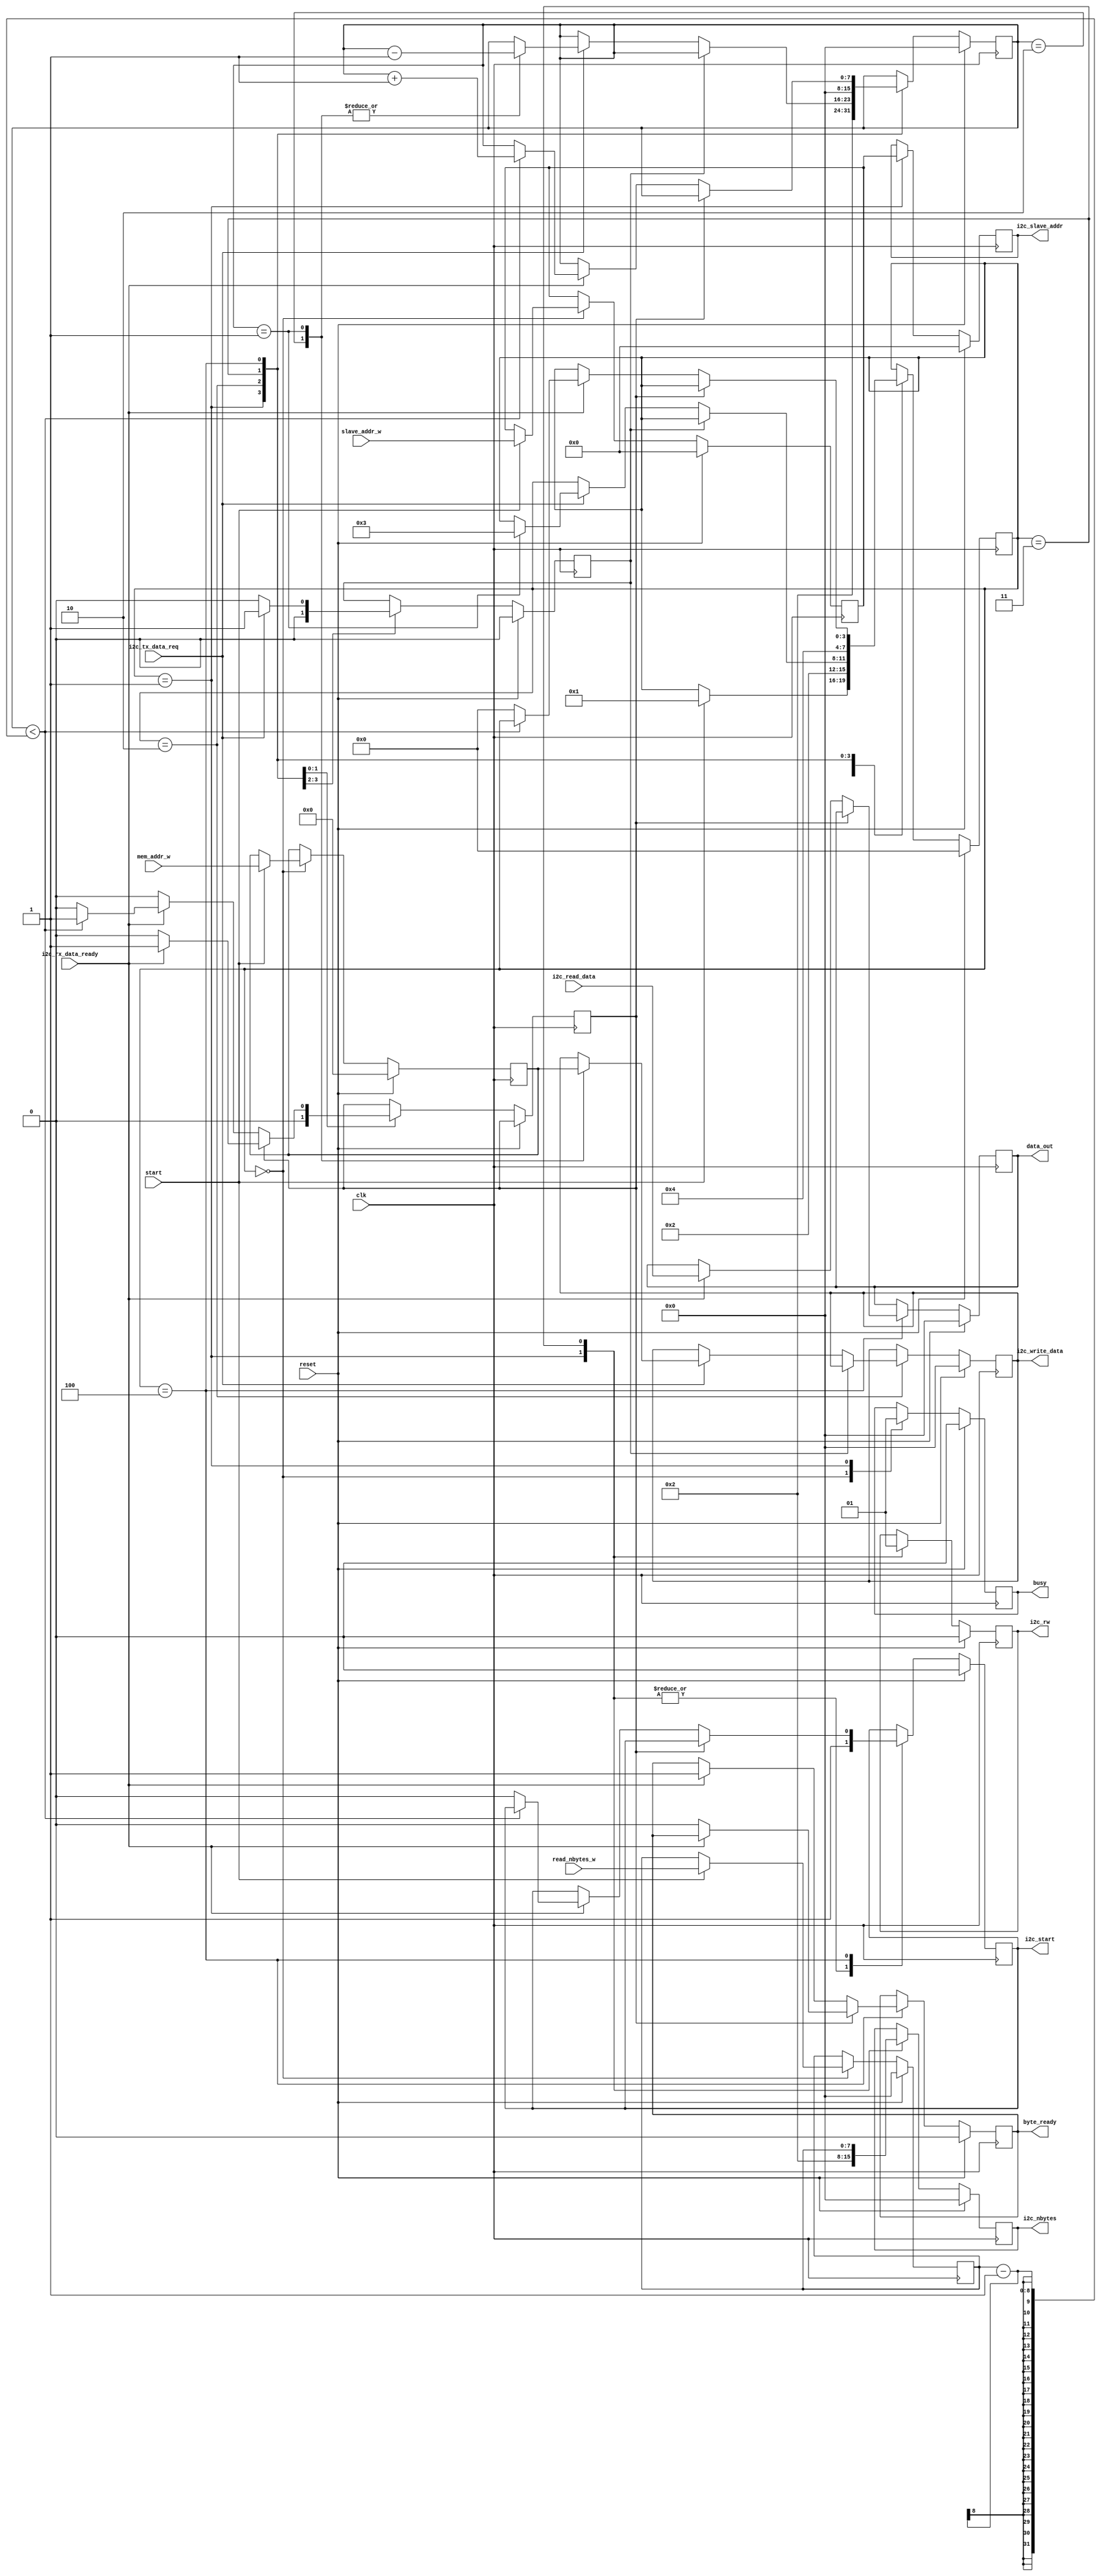
module read_eeprom(
	input wire clk,
	input wire reset,
	input wire [6:0] slave_addr_w,
	input wire [15:0] mem_addr_w,
	input wire [7:0] read_nbytes_w,
	input wire start,
	output reg [7:0] data_out,
	output reg byte_ready,
	output reg [6:0] i2c_slave_addr,
	output reg i2c_rw,
	output reg [7:0] i2c_write_data,
	output reg [7:0] i2c_nbytes,
	input wire [7:0] i2c_read_data,
	input wire i2c_tx_data_req,
	input wire i2c_rx_data_ready,
	output reg i2c_start,
	output reg busy
	);
	localparam STATE_IDLE = 0;
	localparam STATE_START = 1;
	localparam STATE_WRITE_ADDR = 2;
	localparam STATE_REP_START = 3;
	localparam STATE_READ_DATA = 4;
	localparam READ = 1;
	localparam WRITE = 0;
	reg [3:0] state;
	reg [6:0] slave_addr;
	reg [15:0] mem_addr;
	reg [7:0] read_nbytes; 
	reg waiting_for_tx;
	reg read_prev_data;
	reg [7:0] byte_count;
	always @(posedge clk) begin
		if (reset == 1) begin
			i2c_slave_addr <= 0;
			i2c_rw <= 0;
			i2c_write_data <= 0;
			i2c_start <= 0;
			i2c_nbytes <= 0;
			data_out <= 0;
			byte_ready <= 0;
			mem_addr <= 0;
			slave_addr <= 0;
			read_nbytes <= 0;
			byte_count <= 0;
			waiting_for_tx <= 0;
			busy <= 0;
			state <= STATE_IDLE;
		end else begin
			case(state)
				STATE_IDLE: begin	
					busy <= 0;	
					if (start) begin
						state <= STATE_START;
						slave_addr <= slave_addr_w;
						mem_addr <= mem_addr_w;
						read_nbytes <= read_nbytes_w;
					end
				end 
				STATE_START: begin 
					state <= STATE_WRITE_ADDR;
					i2c_slave_addr <= slave_addr;
					i2c_rw <= WRITE;
					i2c_nbytes <= 2;  
					byte_count <= 2;
					waiting_for_tx <= 0;
					i2c_start <= 1;
					busy <= 1;
				end 
				STATE_WRITE_ADDR: begin
					if (waiting_for_tx == 0) begin
						if (i2c_tx_data_req == 1) begin
							waiting_for_tx <= 1;
							case (byte_count)
								2: begin
									i2c_write_data <= mem_addr[15:8];
									byte_count <= byte_count - 1'b1;
								end 
								1: begin
									i2c_write_data <= mem_addr[7:0];
									byte_count <= byte_count - 1'b1;
									state <= STATE_REP_START;
								end 
							endcase
						end
					end else begin
						if (i2c_tx_data_req == 0) begin
							waiting_for_tx <= 0;
						end 
					end 
				end 
				STATE_REP_START: begin
					state <= STATE_READ_DATA;
					i2c_start <= 1;
					i2c_rw <= READ;
					i2c_nbytes <= read_nbytes;
					read_prev_data <= 0;
					byte_count <= 0;
				end 
				STATE_READ_DATA: begin
					if (read_prev_data == 0) begin
						if (i2c_rx_data_ready) begin
							data_out <= i2c_read_data;
							byte_ready <= 1;
							if (byte_count < (read_nbytes-1)) begin
								byte_count <= byte_count + 1'b1;
								read_prev_data <= 1;
							end else begin
								i2c_start <= 0;
								state <= STATE_IDLE;
							end 
						end 
					end else begin
						if (i2c_rx_data_ready == 0) begin
							read_prev_data <= 0;
							byte_ready <= 0;
						end 
					end 
				end 
			endcase
		end
	end
endmodule